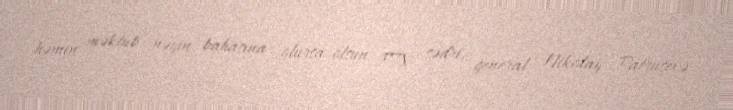
həmin məktub nəyin bahasına olursa-olsun FTX sədri, general Nikolay Patruşevə